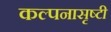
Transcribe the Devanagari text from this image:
कल्पनासृष्टी